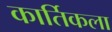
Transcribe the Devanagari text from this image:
कार्तिकला